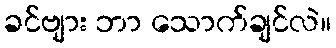
ခင်ဗျား ဘာ သောက်ချင်လဲ။